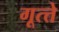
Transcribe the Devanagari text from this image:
गूत्त्ते